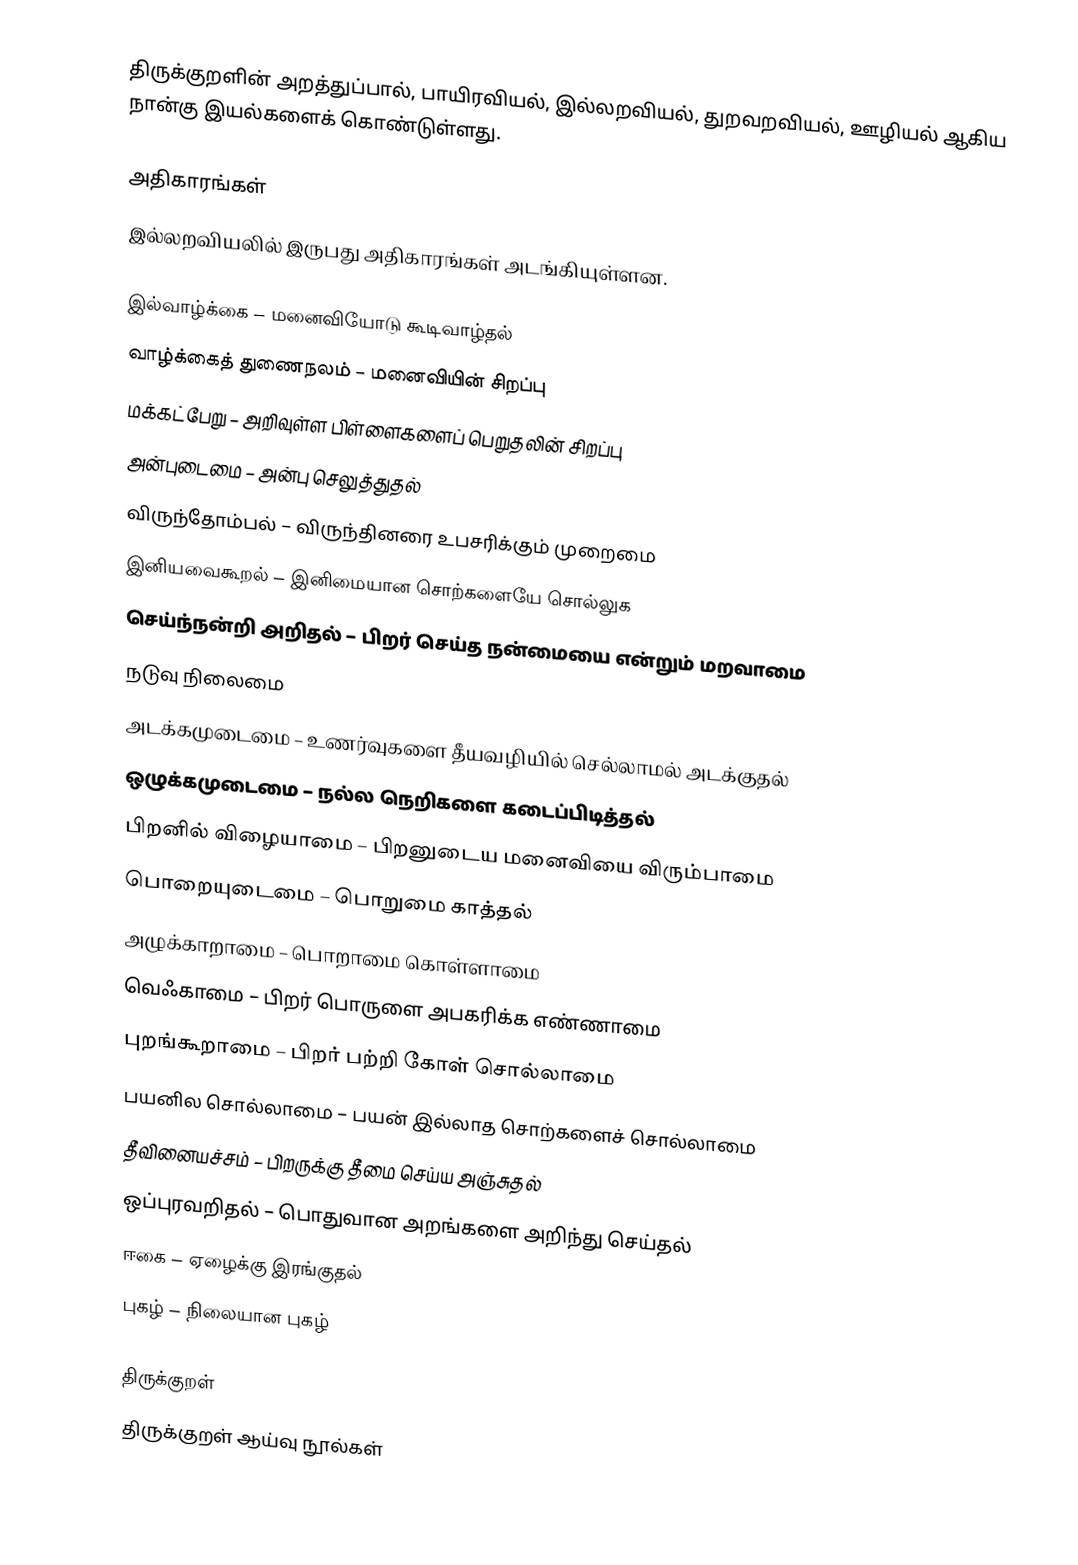
திருக்குறளின் அறத்துப்பால், பாயிரவியல், இல்லறவியல், துறவறவியல், ஊழியல் ஆகிய நான்கு இயல்களைக் கொண்டுள்ளது.

அதிகாரங்கள்
இல்லறவியலில் இருபது அதிகாரங்கள் அடங்கியுள்ளன.

 இல்வாழ்க்கை – மனைவியோடு கூடிவாழ்தல்
 வாழ்க்கைத் துணைநலம் – மனைவியின் சிறப்பு
 மக்கட்பேறு – அறிவுள்ள பிள்ளைகளைப் பெறுதலின் சிறப்பு
 அன்புடைமை – அன்பு செலுத்துதல்
 விருந்தோம்பல் – விருந்தினரை உபசரிக்கும் முறைமை
 இனியவைகூறல் – இனிமையான சொற்களையே சொல்லுக
 செய்ந்நன்றி அறிதல் – பிறர் செய்த நன்மையை என்றும் மறவாமை
 நடுவு நிலைமை
 அடக்கமுடைமை – உணர்வுகளை தீயவழியில் செல்லாமல் அடக்குதல்
 ஒழுக்கமுடைமை – நல்ல நெறிகளை கடைப்பிடித்தல்
 பிறனில் விழையாமை – பிறனுடைய மனைவியை விரும்பாமை
 பொறையுடைமை – பொறுமை காத்தல்
 அழுக்காறாமை – பொறாமை கொள்ளாமை
 வெஃகாமை – பிறர் பொருளை அபகரிக்க எண்ணாமை
 புறங்கூறாமை – பிறர் பற்றி கோள் சொல்லாமை
 பயனில சொல்லாமை – பயன் இல்லாத சொற்களைச் சொல்லாமை
 தீவினையச்சம் – பிறருக்கு தீமை செய்ய அஞ்சுதல்
 ஒப்புரவறிதல் – பொதுவான அறங்களை அறிந்து செய்தல்
 ஈகை – ஏழைக்கு இரங்குதல்
 புகழ் – நிலையான புகழ்

திருக்குறள்
திருக்குறள் ஆய்வு நூல்கள்